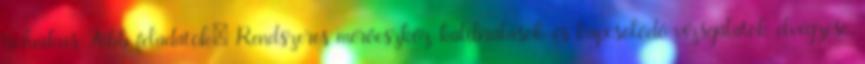
technikus Főbb feladatok: Rendszeres mérőeszköz-kalibrálások és kapcsolódó vizsgálatok elvégzése.